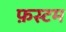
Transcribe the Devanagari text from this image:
फ़स्टम